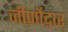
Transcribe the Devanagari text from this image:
जीर्णोद्नार